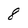
Character: 8